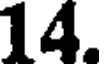
14.